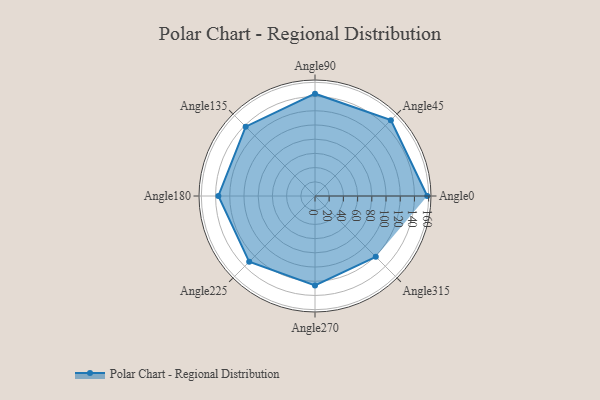
{"axis": {"x": "Angle", "y": "Radius"}, "legend": [""], "data": [{"x": "Angle0", "y": 158.0, "type": ""}, {"x": "Angle45", "y": 151.0, "type": ""}, {"x": "Angle90", "y": 144.0, "type": ""}, {"x": "Angle135", "y": 138.0, "type": ""}, {"x": "Angle180", "y": 136.0, "type": ""}, {"x": "Angle225", "y": 131.0, "type": ""}, {"x": "Angle270", "y": 126.0, "type": ""}, {"x": "Angle315", "y": 121.0, "type": ""}]}